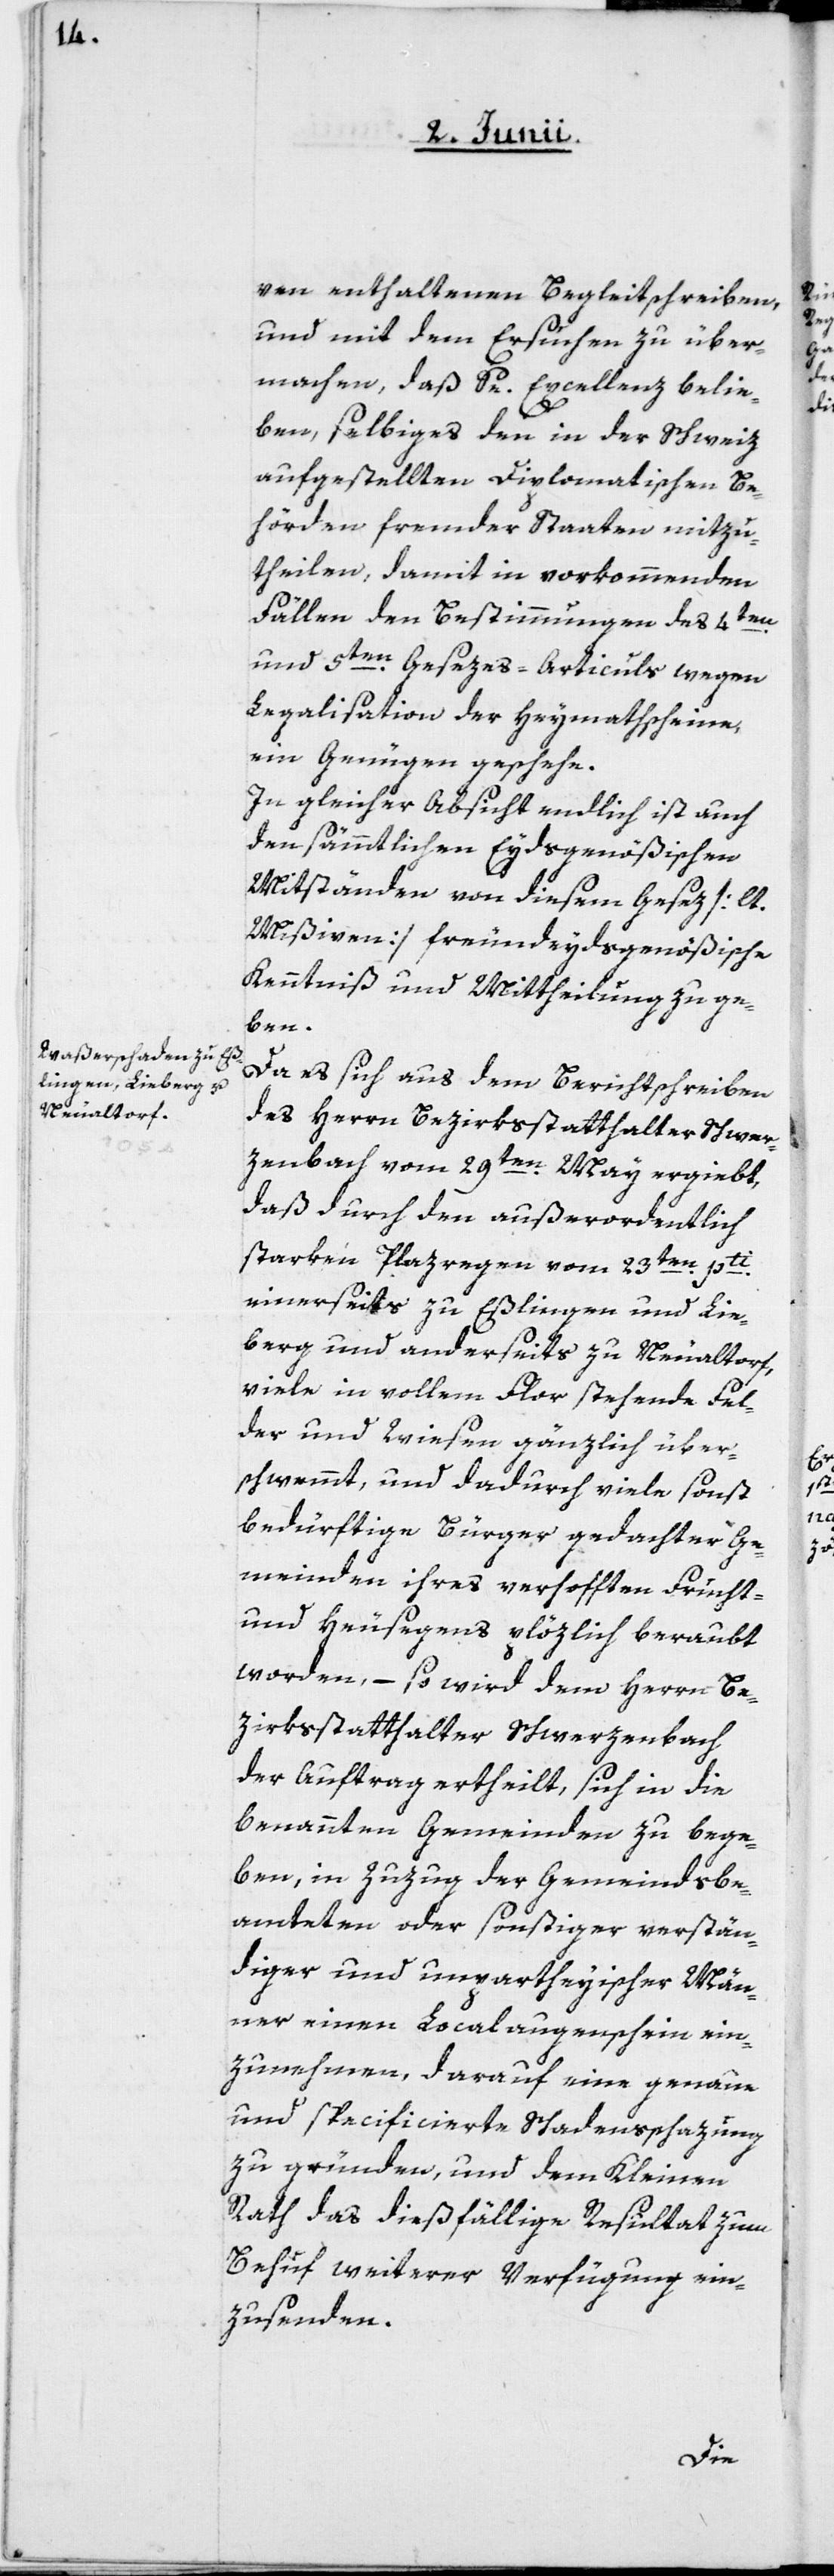
ven enthaltenen Begleitschreiben,
und mit dem Ersuchen zu über¬
machen, daß Se. Excellenz belie¬
ben, selbiges den in der Schweiz
aufgestellten diplomatischen Be¬
hörden fremder Staaten mitzu¬
theilen, damit in vorkommenden
Fällen den Bestimmungen des 4ten
und 5ten Gesezes-Articuls wegen
Legalisation der Heymathscheine,
ein Genügen geschehe.
In gleicher Absicht endlich ist auch
den sämmtlichen Eydsgenößischen
Mitständen von diesem Gesez [lt.
Mißiven] freundeydsgenößische
Kenntniß und Mittheilung zu ge¬
ben.
Da es sich aus dem Berichtschreiben
des Herrn Bezirksstatthalter Schwer¬
zenbach vom 29ten May ergiebt,
daß durch den außerordentlich
starken Plazregen vom 23ten pti
einerseits zu Eßlingen und Lie¬
berg und anderseits zu Neualtorf,
viele in vollem Flor stehende Fel¬
der und Wiesen gänzlich über¬
schwemmt, und dadurch viele sonst
bedürftige Bürger gedachter Ge¬
meinden ihres verhofften Frucht-
und Heusegens plözlich beraubt
worden, – so wird dem Herrn Be¬
zirksstatthalter Schwerzenbach
der Auftrag ertheilt, sich in die
benannten Gemeinden zu bege¬
ben, in Zuzug der Gemeindsbe¬
amteten oder sonstiger verstän¬
diger und unpartheyischer Män¬
ner einen Localaugenschein ein¬
zunehmen, darauf eine genaue
und specificierte Schadensschazung
zu gründen, und dem Kleinen
Rath das dießfällige Resultat zum
Behuf weiterer Verfügung ein¬
zusenden.